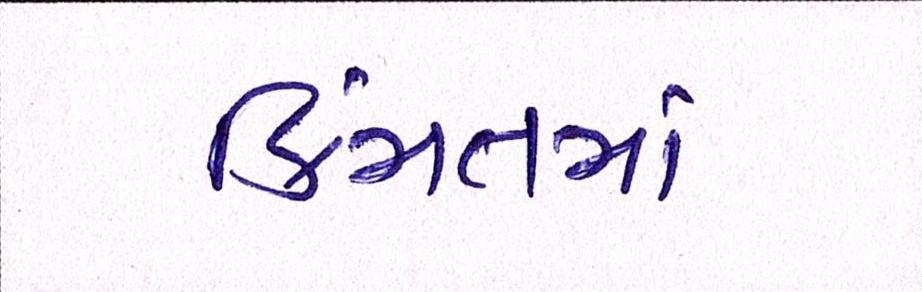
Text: કિંમતમાં